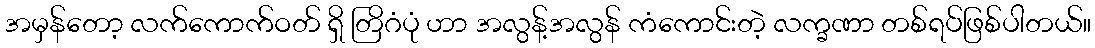
အမှန်တော့ လက်ကောက်ဝတ် ရှိ တြိဂံပုံ ဟာ အလွန့်အလွန် ကံကောင်းတဲ့ လက္ခဏာ တစ်ရပ်ဖြစ်ပါတယ်။